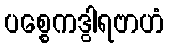
ပစ္စေကဒွါရဗာဟံ